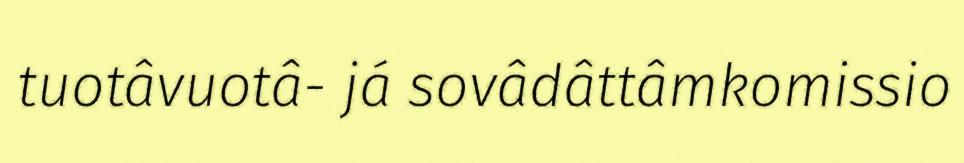
tuotâvuotâ- já sovâdâttâmkomissio